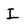
Character: I